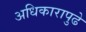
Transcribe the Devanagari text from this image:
अधिकारापुढे